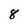
Character: 8